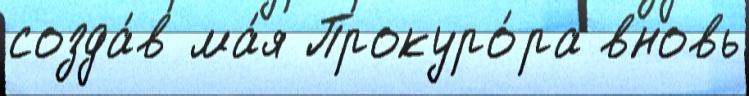
созда́в ма́я Прокуро́ра вновь